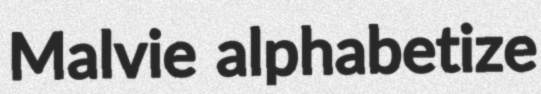
Malvie alphabetize